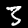
Digit: 3